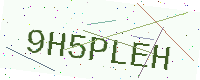
Text: 9H5PLEH